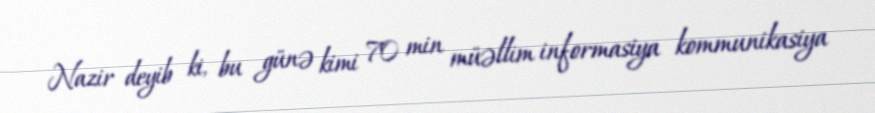
Nazir deyib ki, bu günə kimi 70 min müəllim informasiya kommunikasiya